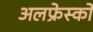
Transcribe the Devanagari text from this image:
अलफ्रेस्को